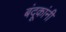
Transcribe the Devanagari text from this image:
बंदूकांनी